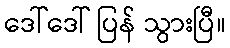
ဒေါ်ဒေါ် ပြန် သွားပြီ။